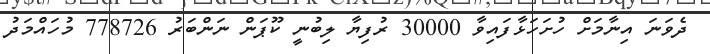
ދެވަނަ އިނާމަށް ހުށަހަޅާފައިވާ 30000 ރުފިޔާ ލިބުނީ ކޫޕަން ނަންބަރު 778726 މުހައްމަދު